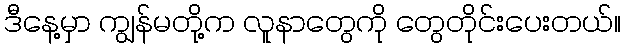
ဒီနေ့မှာ ကျွန်မတို့က လူနာတွေကို တွေတိုင်းပေးတယ်။